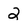
Character: 2